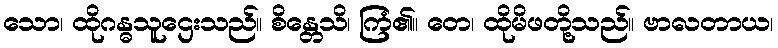
သော၊ ထိုဂန္ဓသူဌေးသည်။ စိန္တေသိ၊ ကြံ၏။ တေ၊ ထိုမိဖတို့သည်။ ဗာလတာယ၊